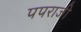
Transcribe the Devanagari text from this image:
पपराजी